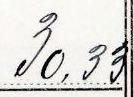
30,33